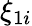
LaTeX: \xi_{1i}